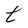
Character: t